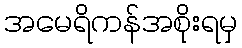
အမေရိကန်အစိုးရမှ